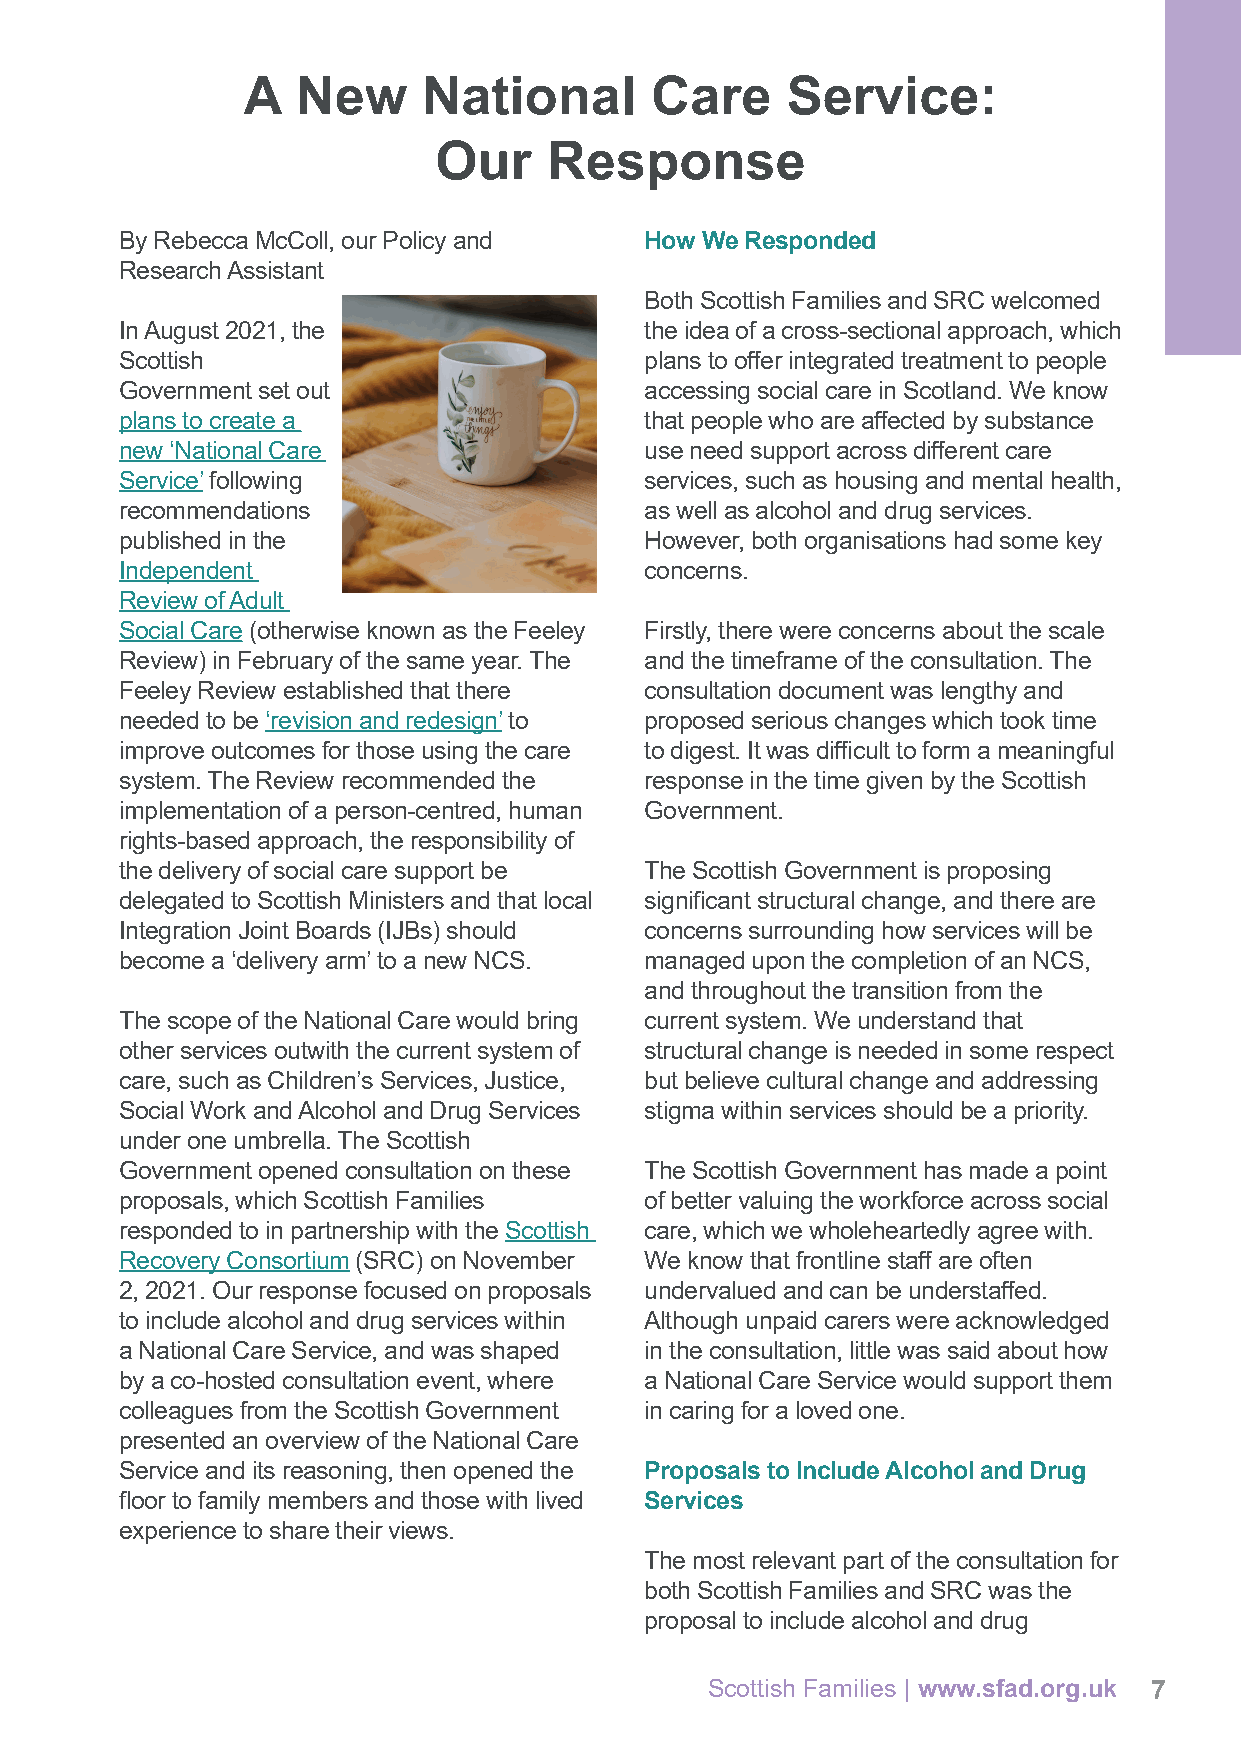
A   New     National       Care     Service:
 Our    Response
 By Rebecca McColl, our Policy and  How We Responded
 Research Assistant
 Both Scottish Families and SRC welcomed
 In August 2021, the                the idea of a cross-sectional approach, which
 Scottish                           plans to offer integrated treatment to people
 Government set out                 accessing social care in Scotland. We know
 plans to create a                  that people who are affected by substance
 new ‘National Care                 use need support across different care
 Service’ following                 services, such as housing and mental health,
 recommendations                    as well as alcohol and drug services.
 published in the                   However, both organisations had some key
 Independent                        concerns.
 Review of Adult
 Social Care (otherwise known as the Feeley Firstly, there were concerns about the scale
 Review) in February of the same year. The and the timeframe of the consultation. The
 Feeley Review established that there consultation document was lengthy and
 needed to be ‘revision and redesign’ to proposed serious changes which took time
 improve outcomes for those using the care to digest. It was difficult to form a meaningful
 system. The Review recommended the response in the time given by the Scottish
 implementation of a person-centred, human Government.
 rights-based approach, the responsibility of
 the delivery of social care support be The Scottish Government is proposing
 delegated to Scottish Ministers and that local significant structural change, and there are
 Integration Joint Boards (IJBs) should concerns surrounding how services will be
 become a ‘delivery arm’ to a new NCS. managed upon the completion of an NCS,
 and throughout the transition from the
 The scope of the National Care would bring current system. We understand that
 other services outwith the current system of structural change is needed in some respect
 care, such as Children’s Services, Justice, but believe cultural change and addressing
 Social Work and Alcohol and Drug Services stigma within services should be a priority.
 under one umbrella. The Scottish
 Government opened consultation on these The Scottish Government has made a point
 proposals, which Scottish Families of better valuing the workforce across social
 responded to in partnership with the Scottish care, which we wholeheartedly agree with.
 Recovery Consortium (SRC) on November We know that frontline staff are often
 2, 2021. Our response focused on proposals undervalued and can be understaffed.
 to include alcohol and drug services within Although unpaid carers were acknowledged
 a National Care Service, and was shaped in the consultation, little was said about how
 by a co-hosted consultation event, where a National Care Service would support them
 colleagues from the Scottish Government in caring for a loved one.
 presented an overview of the National Care
 Service and its reasoning, then opened the Proposals to Include Alcohol and Drug
 floor to family members and those with lived Services
 experience to share their views.
 The most relevant part of the consultation for
 both Scottish Families and SRC was the
 proposal to include alcohol and drug
 Scottish Families | www.sfad.org.uk 7